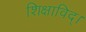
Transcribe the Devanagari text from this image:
शिक्षाविद्।